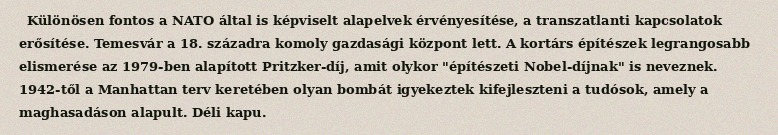
Különösen fontos a NATO által is képviselt alapelvek érvényesítése, a transzatlanti kapcsolatok erősítése. Temesvár a 18. századra komoly gazdasági központ lett. A kortárs építészek legrangosabb elismerése az 1979-ben alapított Pritzker-díj, amit olykor "építészeti Nobel-díjnak" is neveznek. 1942-től a Manhattan terv keretében olyan bombát igyekeztek kifejleszteni a tudósok, amely a maghasadáson alapult. Déli kapu.